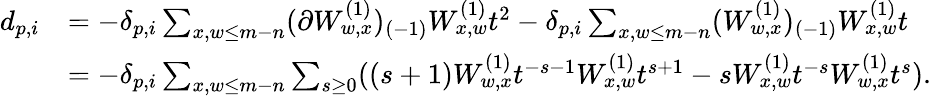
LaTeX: \begin{array}{rl}{d_{p,i}}&{=-\delta_{p,i}\sum_{x,w\leq m-n}(\partial W_{w,x}^{(1)})_{(-1)}W_{x,w}^{(1)}t^{2}-\delta_{p,i}\sum_{x,w\leq m-n}(W_{w,x}^{(1)})_{(-1)}W_{x,w}^{(1)}t}\\ &{=-\delta_{p,i}\sum_{x,w\leq m-n}\sum_{s\geq 0}((s+1)W_{w,x}^{(1)}t^{-s-1}W_{x,w}^{(1)}t^{s+1}-sW_{x,w}^{(1)}t^{-s}W_{w,x}^{(1)}t^{s}).}\end{array}